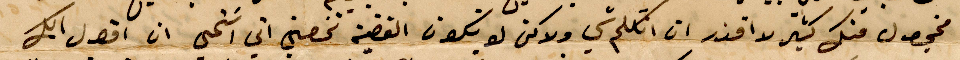
مخجول منك مثير لا اقدر ان أتكلم شي ولاكن لو يكون القضية تخصني اني أتمنى ان أقول لك